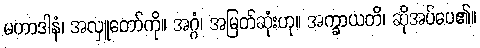
မဟာဒါနံ၊ အလှူတော်ကို။ အဂ္ဂံ၊ အမြတ်ဆုံးဟု။ အက္ခာယတိ၊ ဆိုအပ်ပေ၏။